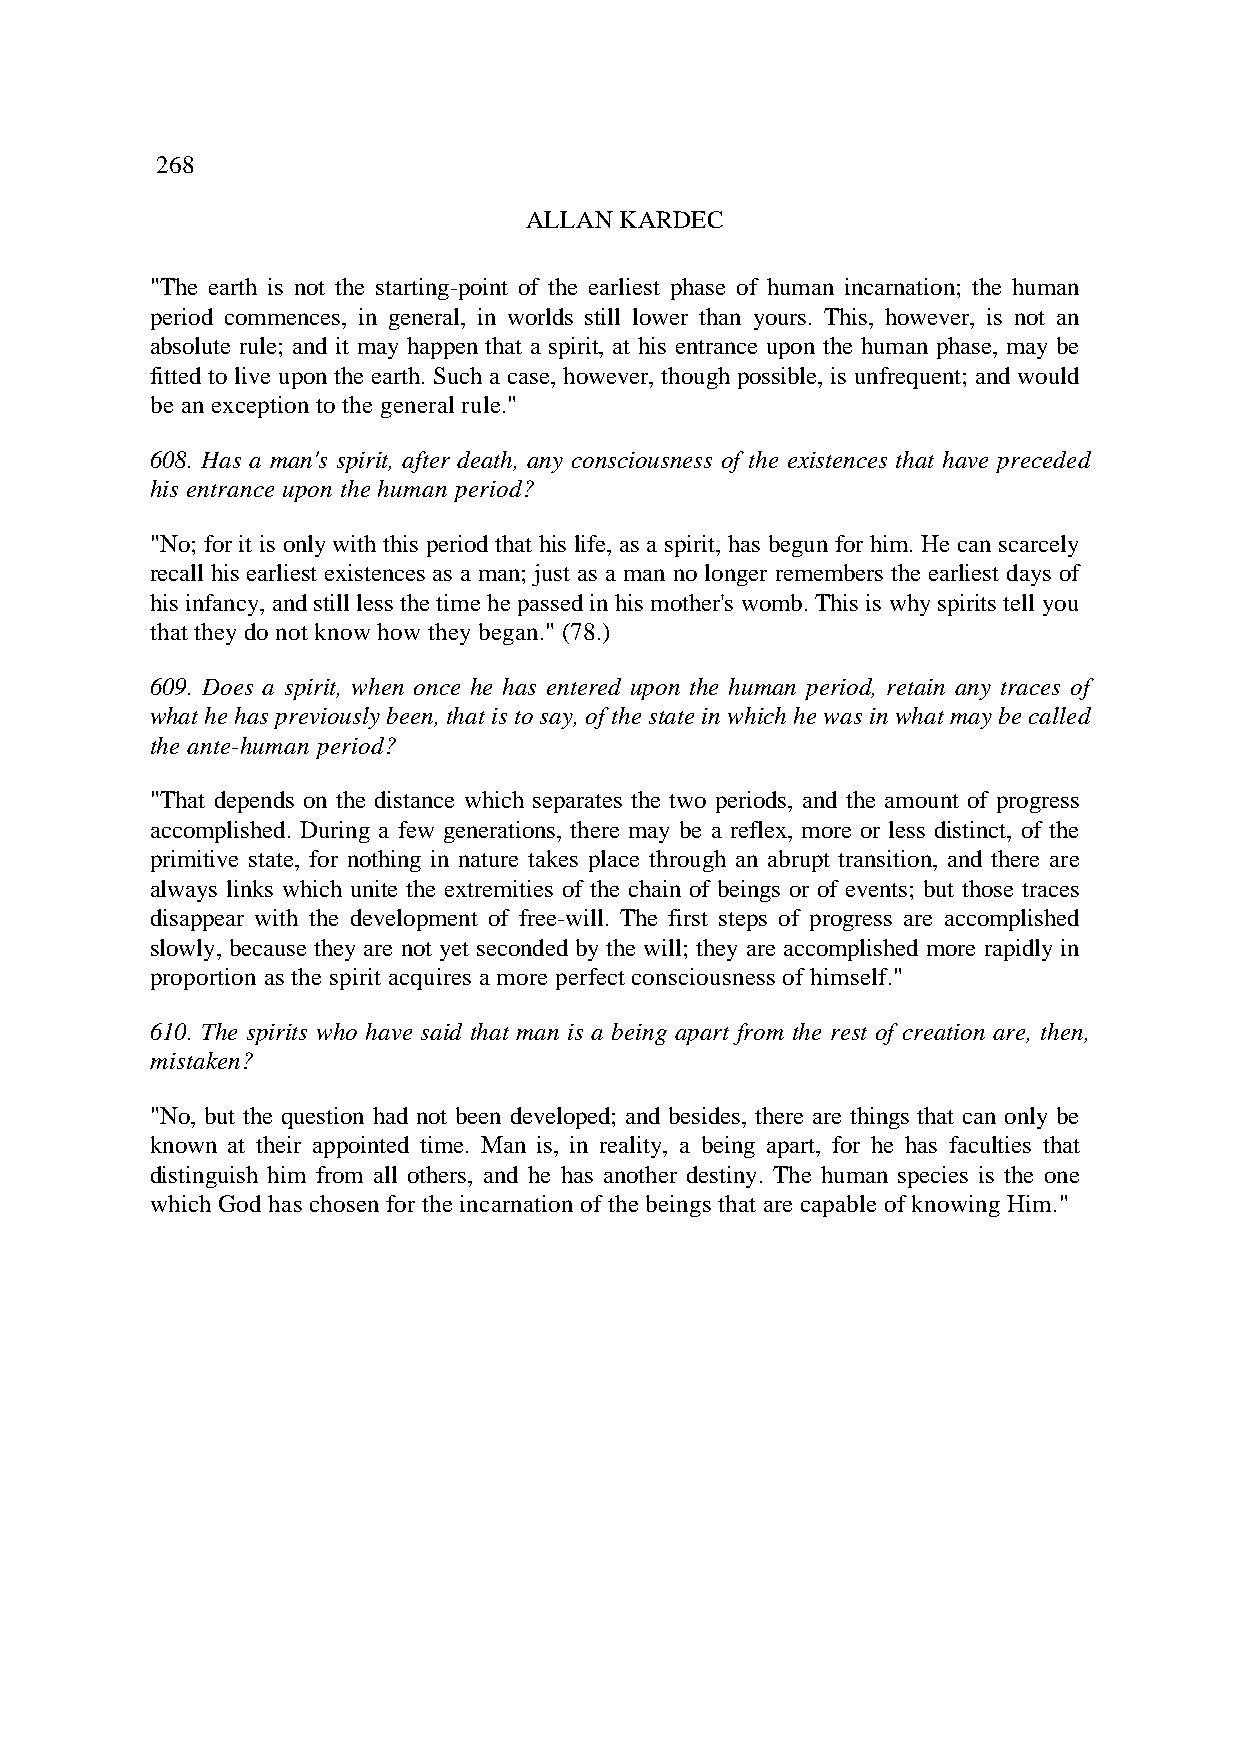
268
 ALLAN KARDEC
 "The earth is not the starting-point of the earliest phase of human incarnation; the human
 period commences, in general, in worlds still lower than yours. This, however, is not an
 absolute rule; and it may happen that a spirit, at his entrance upon the human phase, may be
 fitted to live upon the earth. Such a case, however, though possible, is unfrequent; and would
 be an exception to the general rule."
 608. Has a man's spirit, after death, any consciousness of the existences that have preceded
 his entrance upon the human period?
 "No; for it is only with this period that his life, as a spirit, has begun for him. He can scarcely
 recall his earliest existences as a man; just as a man no longer remembers the earliest days of
 his infancy, and still less the time he passed in his mother's womb. This is why spirits tell you
 that they do not know how they began." (78.)
 609. Does a spirit, when once he has entered upon the human period, retain any traces of
 what he has previously been, that is to say, of the state in which he was in what may be called
 the ante-human period?
 "That depends on the distance which separates the two periods, and the amount of progress
 accomplished. During a few generations, there may be a reflex, more or less distinct, of the
 primitive state, for nothing in nature takes place through an abrupt transition, and there are
 always links which unite the extremities of the chain of beings or of events; but those traces
 disappear with the development of free-will. The first steps of progress are accomplished
 slowly, because they are not yet seconded by the will; they are accomplished more rapidly in
 proportion as the spirit acquires a more perfect consciousness of himself."
 610. The spirits who have said that man is a being apart from the rest of creation are, then,
 mistaken?
 "No, but the question had not been developed; and besides, there are things that can only be
 known at their appointed time. Man is, in reality, a being apart, for he has faculties that
 distinguish him from all others, and he has another destiny. The human species is the one
 which God has chosen for the incarnation of the beings that are capable of knowing Him."